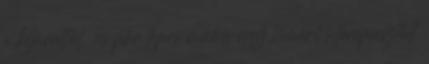
a kijárattól. .és pár lépés múlva egy ismerős terepasztalt